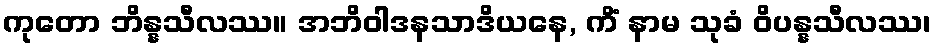
ကုတော ဘိန္နသီလဿ။ အဘိဝါဒနသာဒိယနေ, ကိံ နာမ သုခံ ဝိပန္နသီလဿ၊